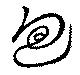
迴